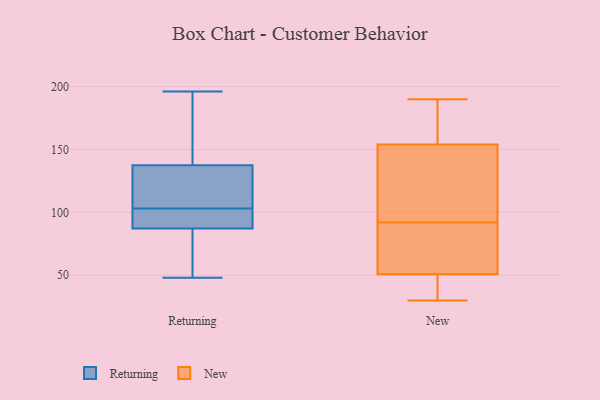
{"axis": {"x": "Budget (USD K)", "y": "Value"}, "legend": ["New", "Returning"], "data": [{"x": "", "y": 87, "type": "Returning"}, {"x": "", "y": 110, "type": "Returning"}, {"x": "", "y": 48, "type": "Returning"}, {"x": "", "y": 76, "type": "Returning"}, {"x": "", "y": 84, "type": "Returning"}, {"x": "", "y": 128, "type": "Returning"}, {"x": "", "y": 97, "type": "Returning"}, {"x": "", "y": 62, "type": "Returning"}, {"x": "", "y": 143, "type": "Returning"}, {"x": "", "y": 89, "type": "Returning"}, {"x": "", "y": 138, "type": "Returning"}, {"x": "", "y": 125, "type": "Returning"}, {"x": "", "y": 196, "type": "Returning"}, {"x": "", "y": 136, "type": "Returning"}, {"x": "", "y": 155, "type": "Returning"}, {"x": "", "y": 103, "type": "Returning"}, {"x": "", "y": 103, "type": "Returning"}, {"x": "", "y": 142, "type": "Returning"}, {"x": "", "y": 88, "type": "Returning"}, {"x": "", "y": 109, "type": "New"}, {"x": "", "y": 47, "type": "New"}, {"x": "", "y": 120, "type": "New"}, {"x": "", "y": 190, "type": "New"}, {"x": "", "y": 56, "type": "New"}, {"x": "", "y": 156, "type": "New"}, {"x": "", "y": 65, "type": "New"}, {"x": "", "y": 56, "type": "New"}, {"x": "", "y": 178, "type": "New"}, {"x": "", "y": 187, "type": "New"}, {"x": "", "y": 104, "type": "New"}, {"x": "", "y": 92, "type": "New"}, {"x": "", "y": 151, "type": "New"}, {"x": "", "y": 41, "type": "New"}, {"x": "", "y": 155, "type": "New"}, {"x": "", "y": 35, "type": "New"}, {"x": "", "y": 30, "type": "New"}, {"x": "", "y": 49, "type": "New"}, {"x": "", "y": 67, "type": "New"}]}